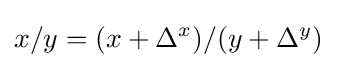
x/y=(x+\Delta ^{x})/(y+\Delta ^{y})